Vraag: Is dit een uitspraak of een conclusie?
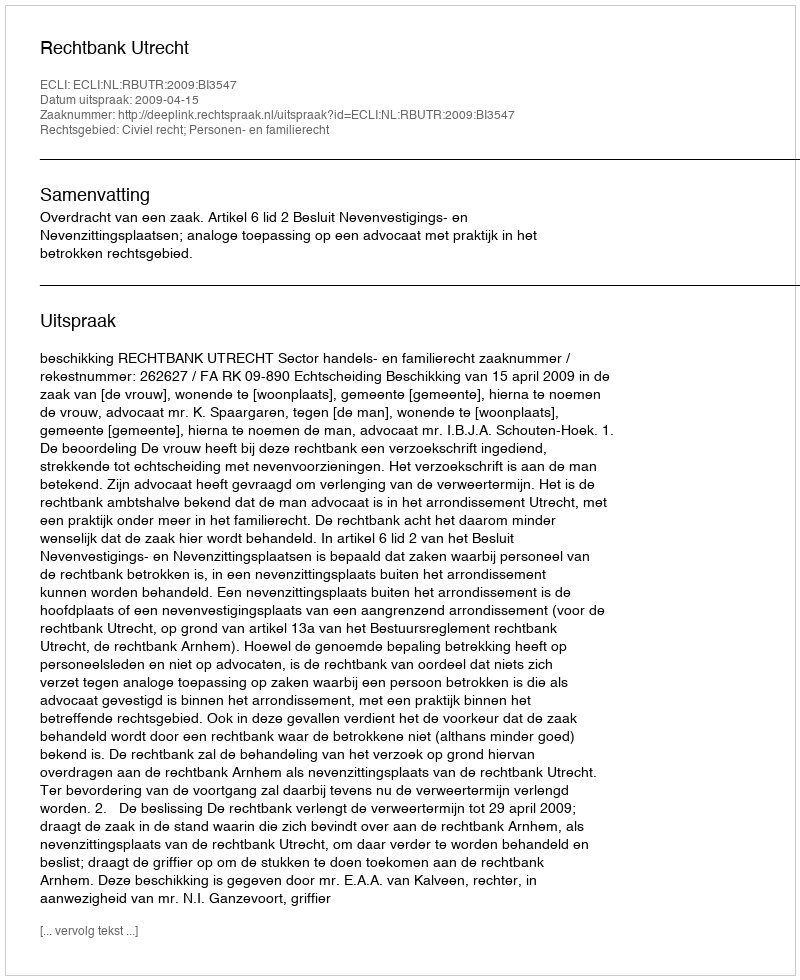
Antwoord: Uitspraak